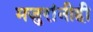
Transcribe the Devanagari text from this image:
मजुरांनीही